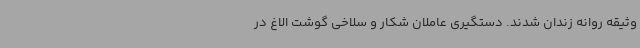
وثیقه روانه زندان شدند. دستگیری عاملان شکار و سلاخی گوشت الاغ در